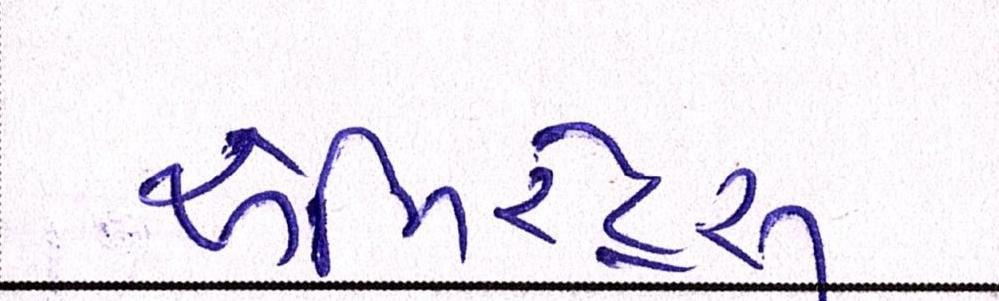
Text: એમિરેટ્સ